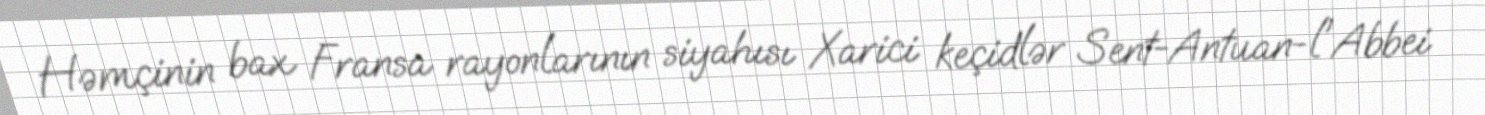
Həmçinin bax Fransa rayonlarının siyahısı Xarici keçidlər Sent-Antuan-l'Abbei